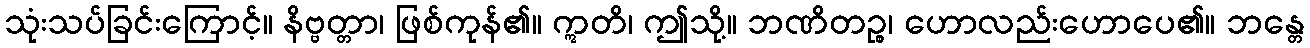
သုံးသပ်ခြင်းကြောင့်။ နိဗ္ဗတ္တာ၊ ဖြစ်ကုန်၏။ ဣတိ၊ ဤသို့။ ဘဏိတဉ္စ၊ ဟောလည်းဟောပေ၏။ ဘန္တေ